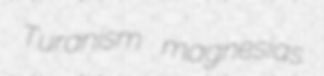
Turanism magnesias